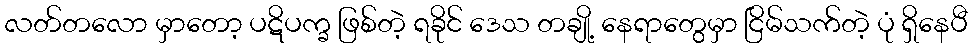
လတ်တလော မှာတော့ ပဋိပက္ခ ဖြစ်တဲ့ ရခိုင် ဒေသ တချို့ နေရာတွေမှာ ငြိမ်သက်တဲ့ ပုံ ရှိနေပီ